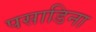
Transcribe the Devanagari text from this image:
पसाडिना